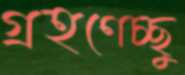
গ্রহণেচ্ছু